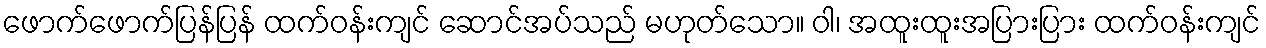
ဖောက်ဖောက်ပြန်ပြန် ထက်ဝန်းကျင် ဆောင်အပ်သည် မဟုတ်သော။ ဝါ၊ အထူးထူးအပြားပြား ထက်ဝန်းကျင်